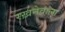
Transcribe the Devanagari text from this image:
रख़नेवाला